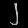
Digit: ၂